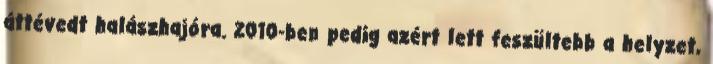
áttévedt halászhajóra. 2010-ben pedig azért lett feszültebb a helyzet,